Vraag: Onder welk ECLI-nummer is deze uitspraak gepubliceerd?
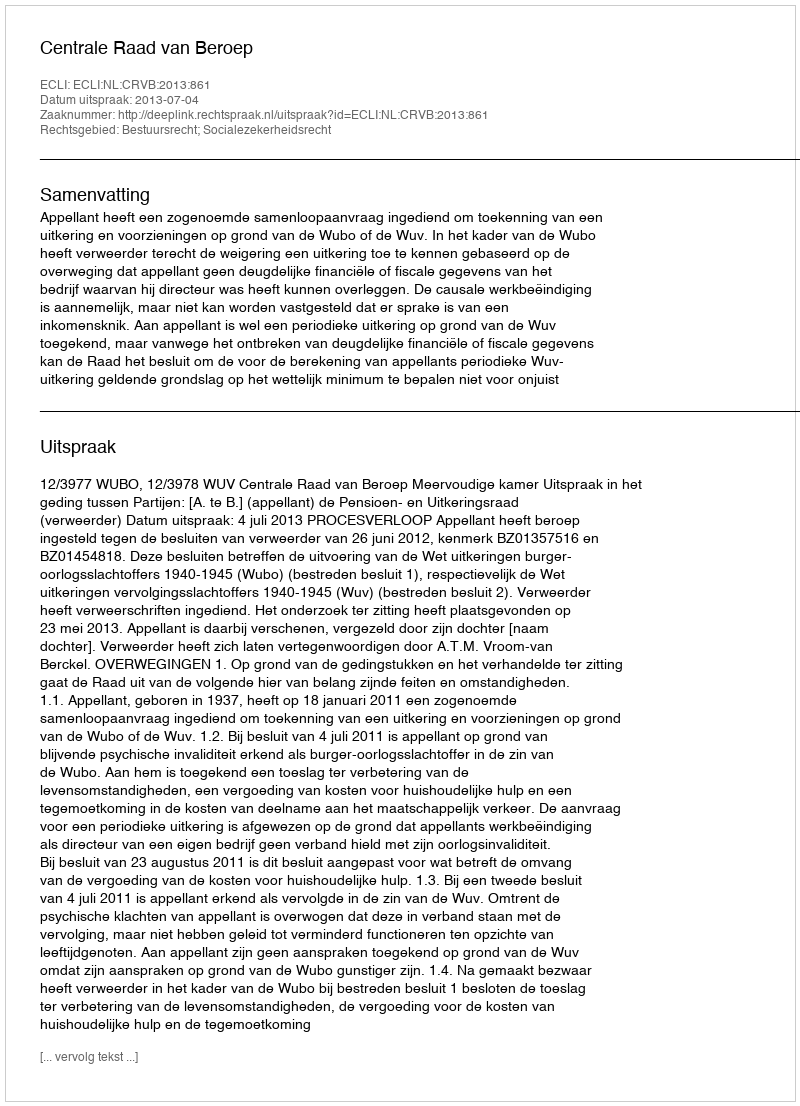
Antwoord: ECLI:NL:CRVB:2013:861